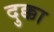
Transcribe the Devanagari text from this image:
दुक्का